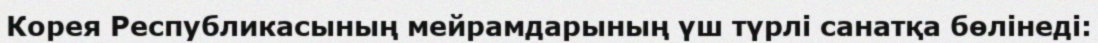
Корея Республикасының мейрамдарының үш түрлі санатқа бөлінеді: